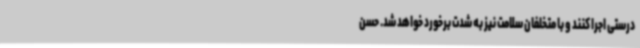
درستی اجرا کنند و با متخلفان سلامت نیز به شدت برخورد خواهد شد. حسن